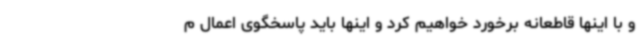
و با اینها قاطعانه برخورد خواهیم کرد و اینها باید پاسخگوی اعمال م